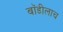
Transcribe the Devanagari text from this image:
बॉडीलाच